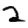
Digit: 2